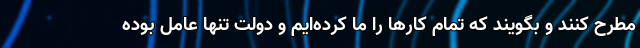
مطرح کنند و بگویند که تمام کارها را ما کرده‌ایم و دولت تنها عامل بوده